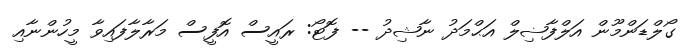
ގޯލްޑަންމޫން އަލްފާޟިލް އަޙްމަދު ނާޝިދު -- ފޮޓޯ: ރައީސް އޮފީސް މަރާލާފައިވާ މީހުންނާއި